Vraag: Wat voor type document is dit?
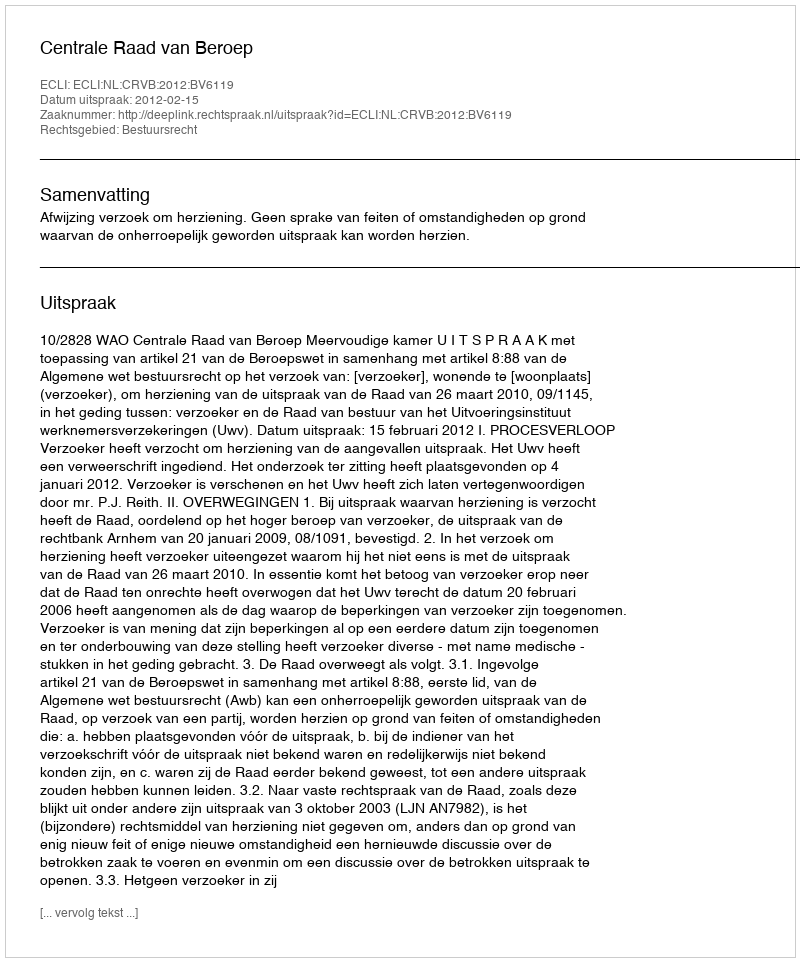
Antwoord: Uitspraak